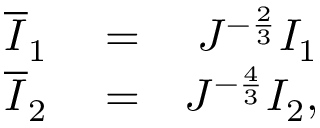
\begin{array} { r l r } { \overline { { I } } _ { 1 } } & { { } = } & { J ^ { - \frac { 2 } { 3 } } I _ { 1 } } \\ { \overline { { I } } _ { 2 } } & { { } = } & { J ^ { - \frac { 4 } { 3 } } I _ { 2 } , } \end{array}